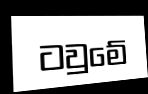
ටවුමේ